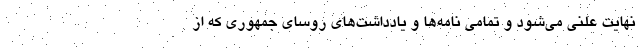
نهایت علنی می‌شود و تمامی نامه‌ها و یادداشت‌های روسای جمهوری که از